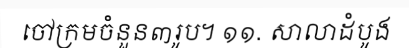
ចៅក្រមចំនួន៣រូប។ ១១. សាលាដំបូង